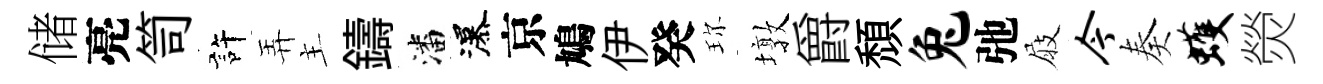
储亮笥許弄主鑄潘瀑京鳩伊癸珎墩爵頹兔弛屐今奏蠖熒